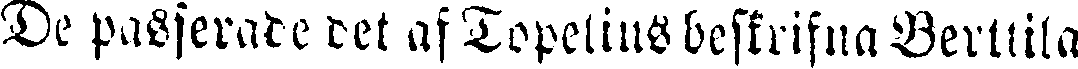
De passerade det af Topelius beskrifna Berttila